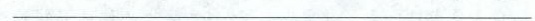
___